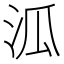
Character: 泒